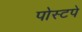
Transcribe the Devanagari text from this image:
पोस्टपे